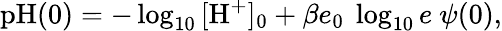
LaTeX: \begin{array}{r}{\textrm{pH}(0)=-\log_{10}{[\textrm{H}^{+}]_{0}}+\beta e_{0}~\log_{10}{e}~\psi(0),}\end{array}